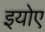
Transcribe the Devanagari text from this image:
इयोए